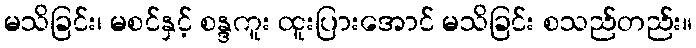
မသိခြင်း၊ မစင်နှင့် စန္ဒကူး ထူးပြားအောင် မသိခြင်း စသည်တည်း။